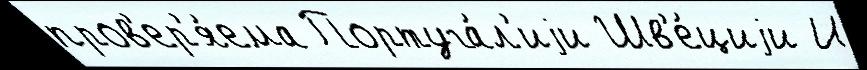
пров'ер'я́ема Португа́л'иjи Шв'е́циjи И